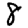
Digit: 8